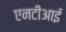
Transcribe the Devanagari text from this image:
एनटीआई